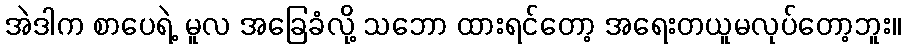
အဲဒါက စာပေရဲ့ မူလ အခြေခံလို့ သဘော ထားရင်တော့ အရေးတယူမလုပ်တော့ဘူး။